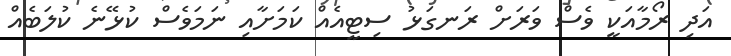
އަދި ރޯމާއަކީ ވެސް ވަރަށް ރަނގަޅު ސިޓީއެއް ކަމަށާއި ނަމަވެސް ކުޅޭނެ ކުލަބެއް